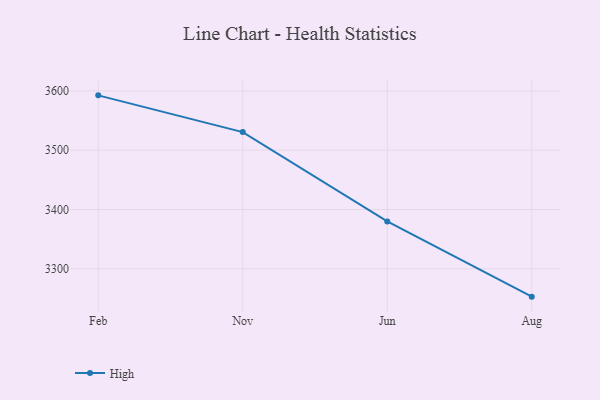
{"axis": {"x": "Month", "y": "Headcount"}, "legend": ["High"], "data": [{"x": "Feb", "y": 3592.5, "type": "High"}, {"x": "Nov", "y": 3530.5, "type": "High"}, {"x": "Jun", "y": 3379.9, "type": "High"}, {"x": "Aug", "y": 3253.0, "type": "High"}]}